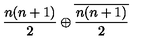
\frac { n ( n + 1 ) } { 2 } \oplus \overline { { \frac { n ( n + 1 ) } { 2 } } }